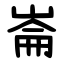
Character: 崙